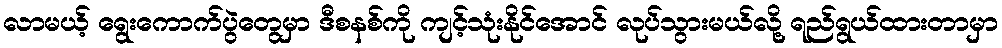
လာမယ့် ရွေးကောက်ပွဲတွေမှာ ဒီစနစ်ကို ကျင့်သုံးနိုင်အောင် လုပ်သွားမယ်လို့ ရည်ရွယ်ထားတာမှာ